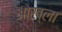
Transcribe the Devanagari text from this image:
ओख्ला